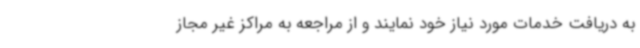
به دریافت خدمات مورد نیاز خود نمایند و از مراجعه به مراکز غیر مجاز